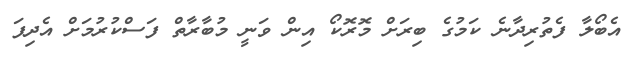
އެބޯލާ ފެތުރިދާނެ ކަމުގެ ބިރަށް މޮރޮކޯ އިން ވަނީ މުބާރާތް ފަސްކުރުމަށް އެދިފަ